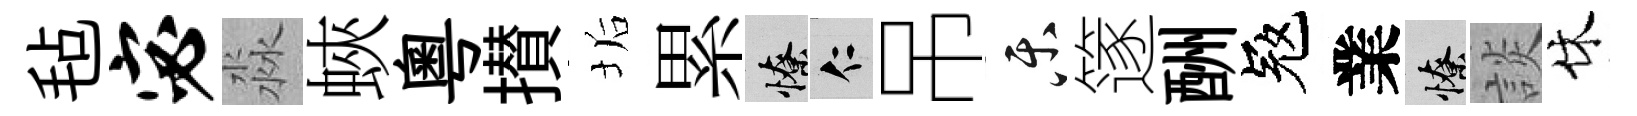
毡宓淼蛺粵攅垢累憭仁吊乐篴酬冦業憭談休